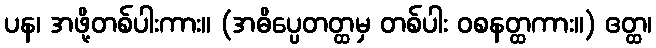
ပန၊ အဖို့တစ်ပါးကား။ (အဓိပ္ပေတတ္ထမှ တစ်ပါး ဝစနတ္ထကား။) ဧတ္ထ၊